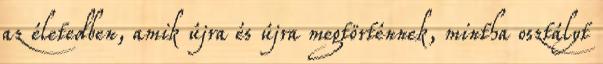
az életedben, amik újra és újra megtörténnek, mintha osztályt